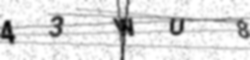
Text: 43WU8